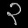
Digit: ၃